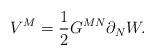
LaTeX: \begin{align*}V^{M}=\frac{1}{2}G^{MN}\partial _{N}W. \end{align*}